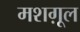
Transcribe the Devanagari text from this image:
मशग़ूल